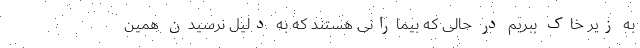
به زیر خاک ببریم در حالی که بیمارانی هستند که به دلیل نرسیدن همین